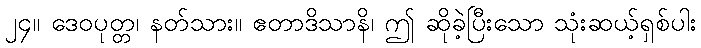
၂၄။ ဒေဝပုတ္တ၊ နတ်သား။ ဧတာဒိသာနိ၊ ဤ ဆိုခဲ့ပြီးသော သုံးဆယ့်ရှစ်ပါး